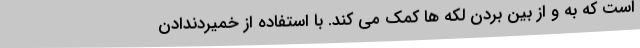
است که به و از بین بردن لکه ها کمک می کند. با استفاده از خمیردندادن